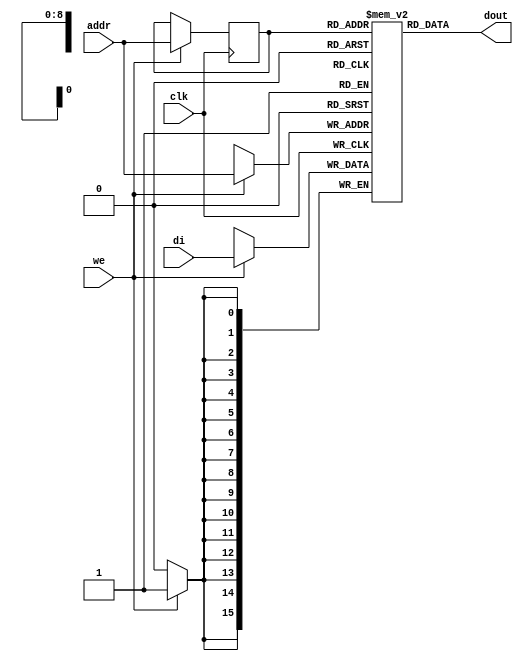

module rams_sp_reg_addr_512x16_block (clk, we, addr, di, dout);
input clk;
input we;
input [8:0] addr;
input [15:0] di;
output [15:0] dout;

reg [8:0] addr_reg;
(* ram_style = "block" *)
reg [15:0] RAM [511:0];
// reg [31:0] dout;

always @(posedge clk)
    begin
        if (we)
        begin
            RAM[addr] <= di;
            addr_reg <= addr;
        end
    end


assign dout = RAM[addr_reg]; // read with registered addr
endmodule